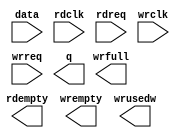
module fifo_267x128 (
	data,
	rdclk,
	rdreq,
	wrclk,
	wrreq,
	q,
	rdempty,
	wrempty,
	wrfull,
	wrusedw);

	input	[266:0]  data;
	input	  rdclk;
	input	  rdreq;
	input	  wrclk;
	input	  wrreq;
	output	[266:0]  q;
	output	  rdempty;
	output	  wrempty;
	output	  wrfull;
	output	[6:0]  wrusedw;

endmodule